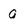
Character: a